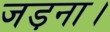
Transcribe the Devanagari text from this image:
जड़ना।